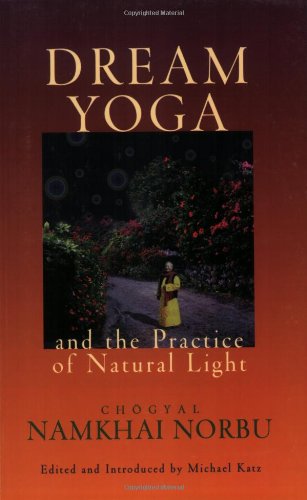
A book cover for Dream Yoga and the Practice of Natural Light; Chogyal Namkhai Norbu; Self-Help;